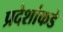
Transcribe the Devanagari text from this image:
प्रदेशांकडे